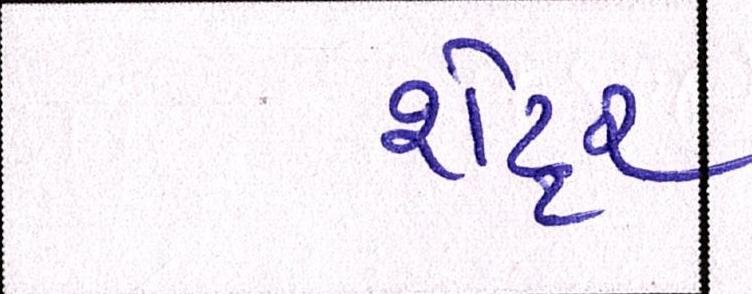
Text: શેટ્ટર